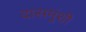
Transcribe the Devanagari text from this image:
दासमुंशी